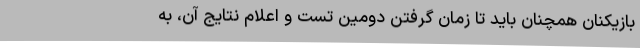
بازیکنان همچنان باید تا زمان گرفتن دومین تست و اعلام نتایج آن، به